Scottish Leaving Certificate Examination, 1961
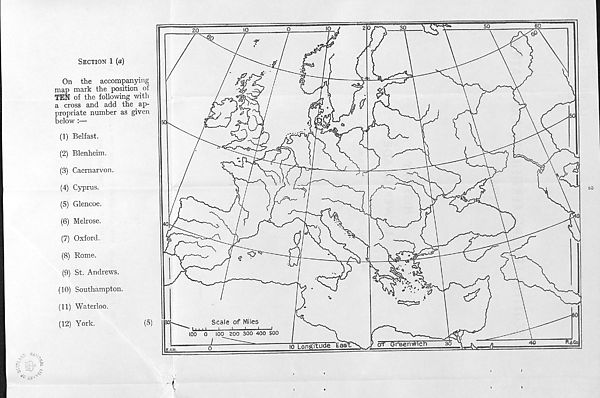
Section 1 (a)
On the accompanying
map mark the position of
TEN of the following with
a cross and add the ap-
propriate number as given
below :—
(1) Belfast.
(2) Blenheim.
(3) Caernarvon.
(4) Cyprus.
(5) Glencoe.
(6) Melrose.
(7) Oxford.
(8) Rome.
(9) St. Andrews.
(10) Southampton.
(11) Waterloo.
(12) York.
(5)
to
Alt,
-f